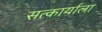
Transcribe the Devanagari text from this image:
सत्कार्याला